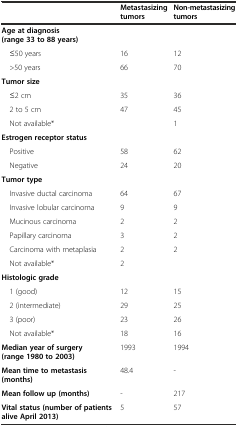
|  | Metastasizing tumors | Non-metastasizing tumors |
 | --- | --- | --- |
 | Age at diagnosis (range 33 to 88 years) |  |  |
 | ≤50 years | 16 | 12 |
 | >50 years | 66 | 70 |
 | Tumor size |  |  |
 | ≤2 cm | 35 | 36 |
 | 2 to 5 cm | 47 | 45 |
 | Not available* |  | 1 |
 | Estrogen receptor status |  |  |
 | Positive | 58 | 62 |
 | Negative | 24 | 20 |
 | Tumor type |  |  |
 | Invasive ductal carcinoma | 64 | 67 |
 | Invasive lobular carcinoma | 9 | 9 |
 | Mucinous carcinoma | 2 | 2 |
 | Papillary carcinoma | 3 | 2 |
 | Carcinoma with metaplasia | 2 | 2 |
 | Not available* | 2 |  |
 | Histologic grade |  |  |
 | 1 (good) | 12 | 15 |
 | 2 (intermediate) | 29 | 25 |
 | 3 (poor) | 23 | 26 |
 | Not available* | 18 | 16 |
 | Median year of surgery (range 1980 to 2003) | 1993 | 1994 |
 | Mean time to metastasis (months) | 48.4 | - |
 | Mean follow up (months) | - | 217 |
 | Vital status (number of patients alive April 2013) | 5 | 57 |